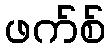
ဖက်စ်